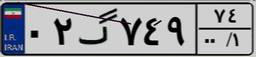
۹۶گ۹۶۷۶۵